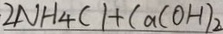
2 N H _ { 4 } C l + C a ( O H ) _ { 2 }